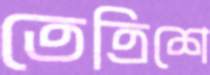
তেত্রিশে